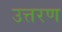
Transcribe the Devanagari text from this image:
उत्तरण